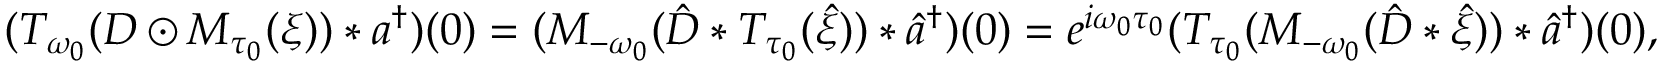
( T _ { \omega _ { 0 } } ( D \odot M _ { \tau _ { 0 } } ( \xi ) ) * a ^ { \dag } ) ( 0 ) = ( M _ { - \omega _ { 0 } } ( \hat { D } * T _ { \tau _ { 0 } } ( \hat { \xi } ) ) * \hat { a } ^ { \dag } ) ( 0 ) = e ^ { i \omega _ { 0 } \tau _ { 0 } } ( T _ { \tau _ { 0 } } ( M _ { - \omega _ { 0 } } ( \hat { D } * \hat { \xi } ) ) * \hat { a } ^ { \dag } ) ( 0 ) ,